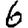
Digit: 6